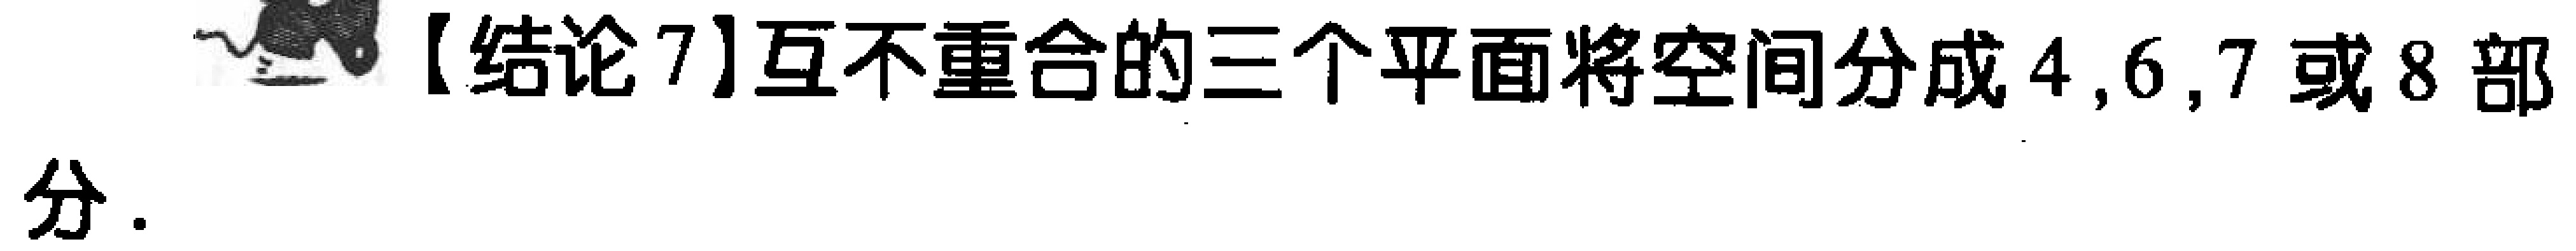
【结论7】互不重合的三个平面将空间分成4,6,7或8部分.